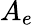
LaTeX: A_{e}